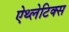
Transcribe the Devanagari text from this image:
ऐथ्लेटिक्स